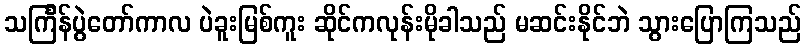
သင်္ကြန်ပွဲတော်ကာလ ပဲခူးမြစ်ကူး ဆိုင်ကလုန်းမိုခါသည် မဆင်းနိုင်ဘဲ သွားပြောကြသည်